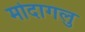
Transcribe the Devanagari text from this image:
मोदागलु